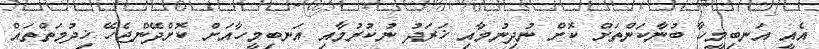
އެއީ އަނބިމީހާ ބުނާކަންތަށް ކޮށް ނުދިނުމާއި ޚަރަދު ނުކުރުމާއި އަނބިމީހާއަށް ކޮށްދޭންޖެހޭ ޚިދުމަތްތައް